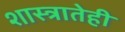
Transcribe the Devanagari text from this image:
शास्त्रातेही